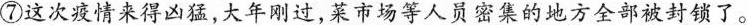
⑦这次情来得凶猛，大年刚过，菜市场等人员密集的地方全部被了。